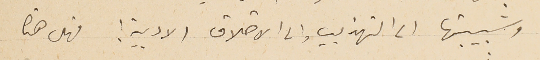
وشبيبتها الى التهذيب والى الاخلاق الادبية! فهل هذا